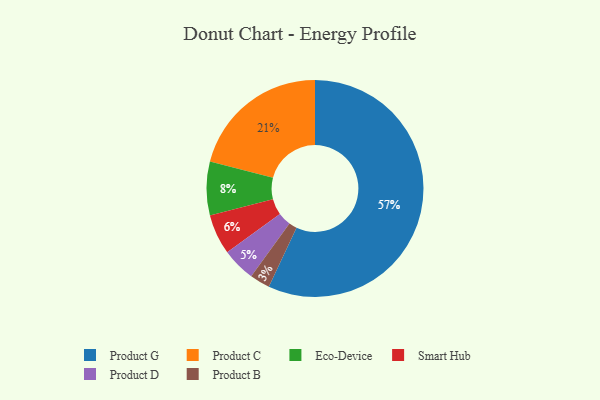
{"axis": {"x": "Category", "y": "Percentage"}, "legend": ["Eco-Device", "Product B", "Product C", "Product D", "Product G", "Smart Hub"], "data": [{"x": "Product C", "y": 21, "type": "Product C"}, {"x": "Product D", "y": 5, "type": "Product D"}, {"x": "Product B", "y": 3, "type": "Product B"}, {"x": "Eco-Device", "y": 8, "type": "Eco-Device"}, {"x": "Smart Hub", "y": 6, "type": "Smart Hub"}, {"x": "Product G", "y": 57, "type": "Product G"}]}